Senior Leaving Certificate Examination (including Day School Certificate (Higher) General paper), 1949
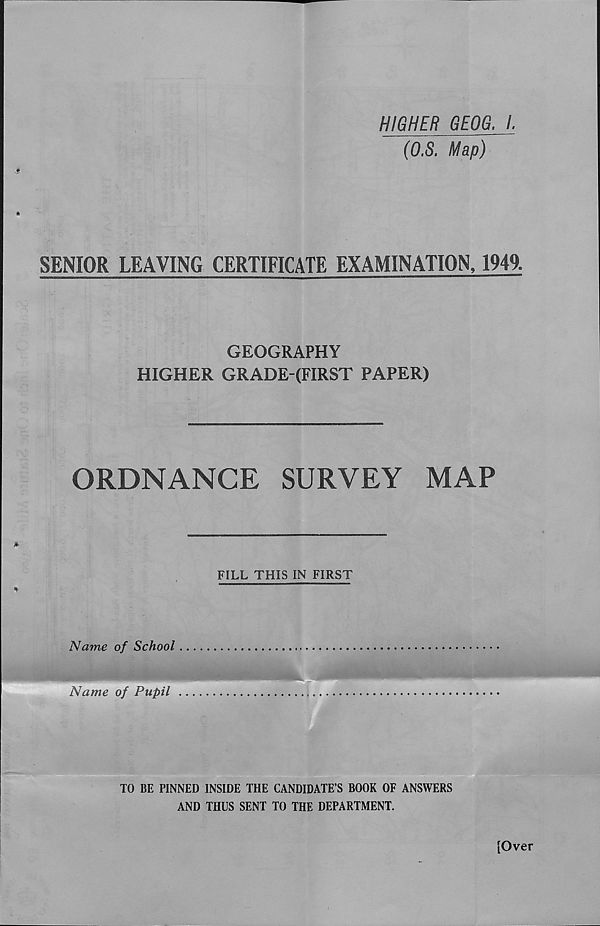
HIGHER GEOG. I.
(O.S. Map)
ft
SENIOR LEAVING CERTIFICATE EXAMINATION, 1949.
GEOGRAPHY
HIGHER GRADE-(FIRST PAPER)
ORDNANCE
SURVEY
MAP
*
FILL THIS IN FIRST
%
Name of School
Name of Pupil
TO BE PINNED INSIDE THE CANDIDATE’S BOOK OF ANSWERS
AND THUS SENT TO THE DEPARTMENT.
[Over